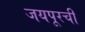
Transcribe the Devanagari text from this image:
जयपूरची